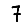
Digit: 7